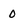
Character: 0